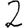
Digit: 2